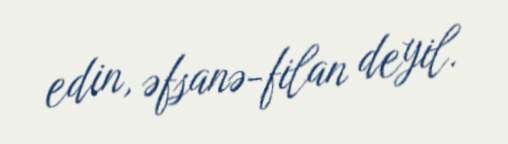
edin, əfsanə-filan deyil.